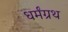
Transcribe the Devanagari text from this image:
धर्मंग्रथ